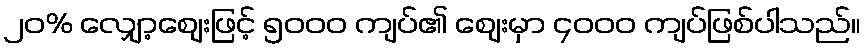
၂၀% လျှော့ဈေးဖြင့် ၅၀၀၀ ကျပ်၏ ဈေးမှာ ၄၀၀၀ ကျပ်ဖြစ်ပါသည်။